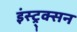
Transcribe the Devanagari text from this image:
इंस्ट्र्क्सन